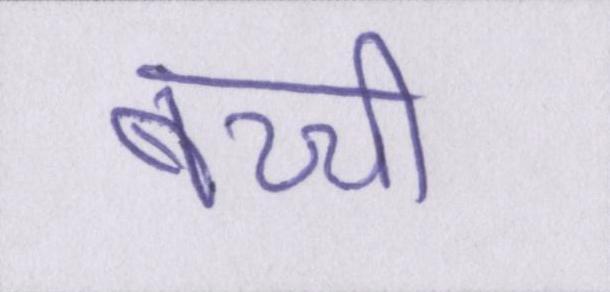
बच्ची